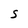
Character: S